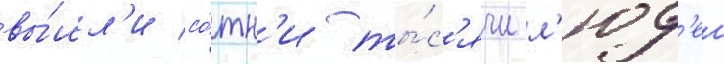
вы́шл'и со́тн'и ты́с'ячи л'юд'еи